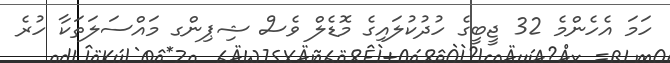
ހަމަ އެހެންމެ 32 ޖީބީގެ ހުދުކުލައިގެ މޮޑެލް ވެސް ޝިޕިންގ މައްސަލަތަކާ ހުރެ